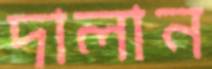
দালান